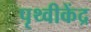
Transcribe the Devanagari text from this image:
पृथ्वीकेंद्र